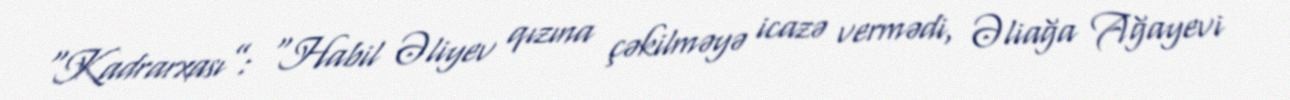
“Kadrarxası”: “Habil Əliyev qızına çəkilməyə icazə vermədi, Əliağa Ağayevi